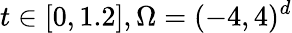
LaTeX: t\in[0,1.2],\Omega=(-4,4)^{d}